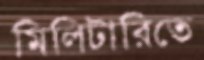
মিলিটারিতে